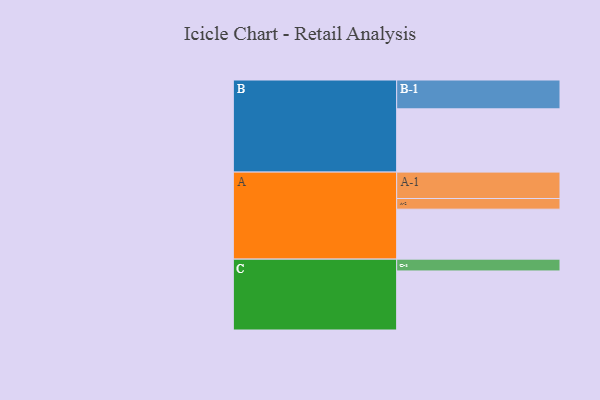
{"axis": {"x": "Segment", "y": "Value"}, "legend": ["", "A", "B", "C"], "data": [{"x": "A", "y": 473, "type": ""}, {"x": "B", "y": 599, "type": ""}, {"x": "C", "y": 559, "type": ""}, {"x": "A-1", "y": 250, "type": "A"}, {"x": "A-2", "y": 101, "type": "A"}, {"x": "B-1", "y": 273, "type": "B"}, {"x": "C-1", "y": 112, "type": "C"}]}